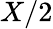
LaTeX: X/2